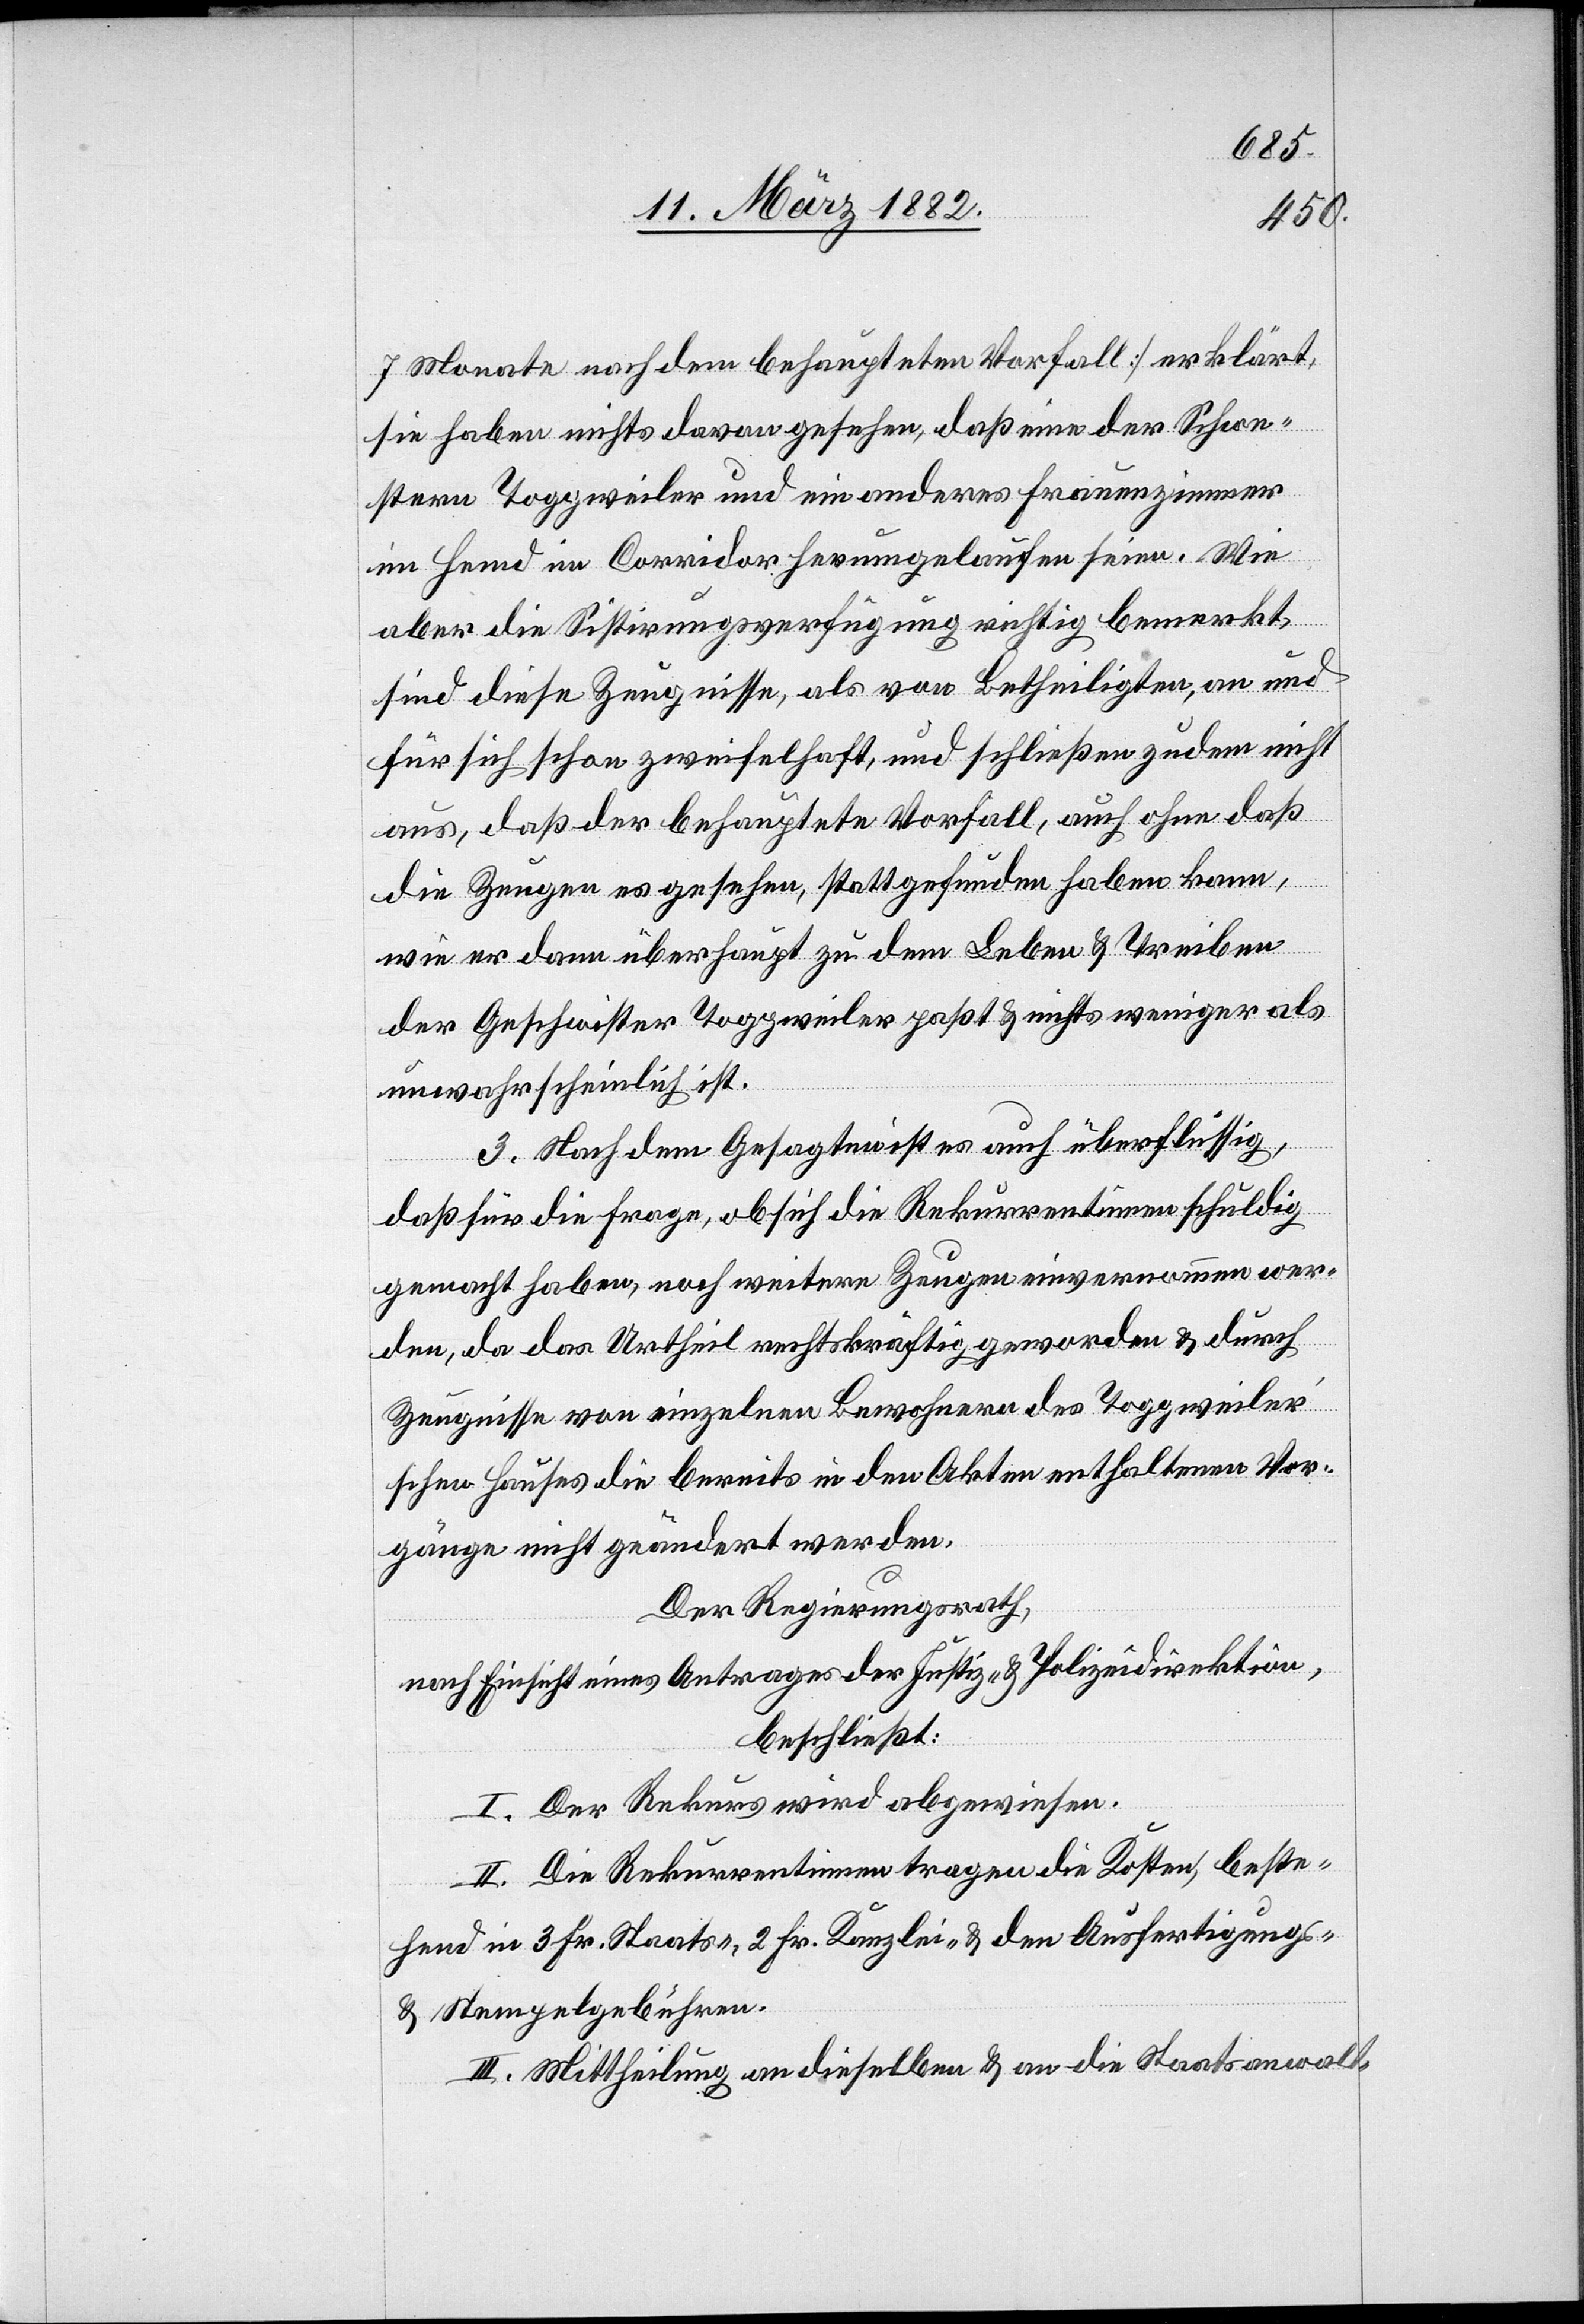
7 Monate nach dem behaupteten Vorfall] erklärt,
sie haben nichts davon gesehen, daß einen der Schwe¬
stern Toggweiler und ein anderes Frauenzimmer
im Hemd im Corridor herumgelaufen seien. Wie
aber die Sistierungsverfügungen richtig bemerkt,
sind diese Zeugnisse, als von Betheiligten, an und
für sich schon zweifelhaft und schließen zudem nicht
aus, daß der behauptete Vorfall, auch ohne daß
die Zeugen es gesehen, stattgefunden haben kann,
wie er dann überhaupt zu dem Leben & Treiben
der Geschwister Toggweiler paßt & nichts weniger als
unwahrscheinlich ist.
3. Nach dem Gesagten ist es auch überflüssig,
daß für die Frage, ob sich die Rekurrentinnen schuldig
gemacht haben, noch weitere Zeugen einvernommen wer¬
den, da das Urtheil rechtskräftig geworden & durch
Zeugnisse von einzelnen Bewohnern des Toggweile¬
r’schen Hauses die bereits in den Akten enthaltenen Vor¬
gänge nicht geändert werden.
Der Regierungsrath,
nach Einsicht eines Antrages der Justiz- & Polizeidirektion,
beschließt:
I. Der Rekurs wird abgewiesen.
II. Die Rekurrentinnen tragen die Kosten, beste¬
hend in 3 Fr. Staats-, 2 Fr. Kanzlei- & den Ausfertigungs-
& Stempelgebühren.
III. Mittheilung an dieselben & an die Staatsanwalt-